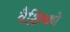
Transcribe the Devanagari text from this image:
वैशि़ष्ठ्ये